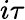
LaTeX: i\tau